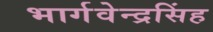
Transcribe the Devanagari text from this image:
भार्गवेन्द्रसिंह